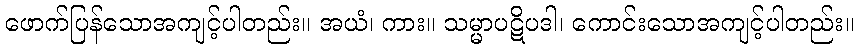
ဖောက်ပြန်သောအကျင့်ပါတည်း။ အယံ၊ ကား။ သမ္မာပဋိပဒါ၊ ကောင်းသောအကျင့်ပါတည်း။